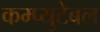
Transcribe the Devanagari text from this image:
कम्प्युटेबल